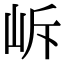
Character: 𡶜